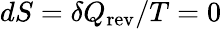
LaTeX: dS=\delta Q_{\mathrm{rev}}/T=0